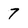
Character: 7